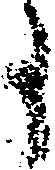
事